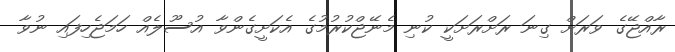
ރާއްޖޭގެ ވަރަށް ގިނަ ރަށްރަށަކީ ކުނި މެނޭޖްކުރުމުގެ އެކަށީގެންވާ އުސޫލެއް ހަމަޖެހިފައި ނުވާ